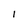
Character: l